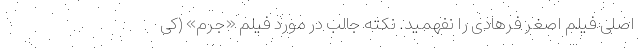
اصلی فیلم اصغر فرهادی را نفهمید. نکته جالب در مورد فیلم «جرم» (کی